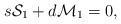
LaTeX: \begin{align*}s{\cal S}_1 +d {\cal M}_1=0,\end{align*}